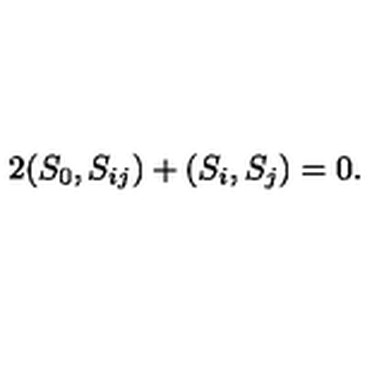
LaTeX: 2 ( S _ { 0 } , S _ { i j } ) + ( S _ { i } , S _ { j } ) = 0 .